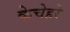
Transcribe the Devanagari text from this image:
केचेहरे